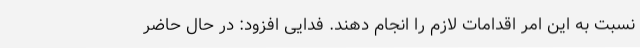
نسبت به این امر اقدامات لازم را انجام دهند. فدایی افزود: در حال حاضر